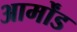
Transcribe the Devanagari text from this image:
आर्मोंड